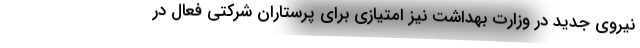
نیروی جدید در وزارت بهداشت نیز امتیازی برای پرستاران شرکتی فعال در